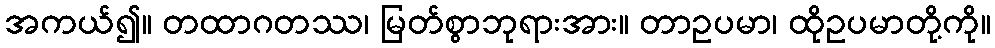
အကယ်၍။ တထာဂတဿ၊ မြတ်စွာဘုရားအား။ တာဥပမာ၊ ထိုဥပမာတို့ကို။